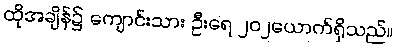
ထိုအချိန်၌ ကျောင်းသား ဦးရေ ၂၀၂ယောက်ရှိသည်။